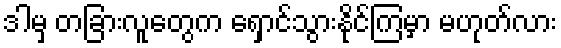
ဒါမှ တခြားလူတွေက ရှောင်သွားနိုင်ကြမှာ မဟုတ်လား